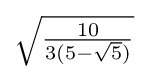
{\sqrt {\tfrac {10}{3(5-{\sqrt {5}})}}}